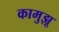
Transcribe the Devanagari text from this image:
कामुझू